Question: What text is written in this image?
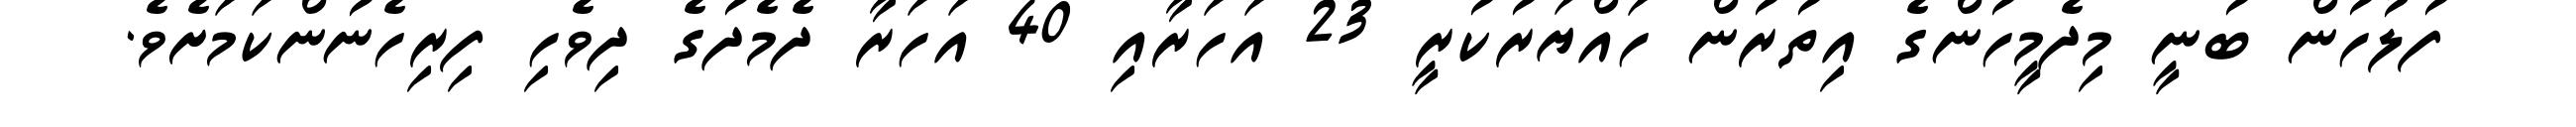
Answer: ފުލުހުން ބުނީ މިދެމީހުންގެ އިތުރުން ހައްޔަރުކުރީ 23 އަހަރާއި 40 އަހަރާ ދެމެދުގެ ދިވެހި ފިރިހެނުންކަމަށެވެ.